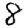
Digit: 8